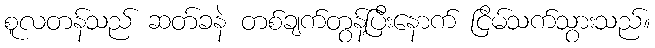
စူလတန်သည် ဆတ်ခနဲ တစ်ချက်တွန့်ပြီးနောက် ငြိမ်သက်သွားသည်။